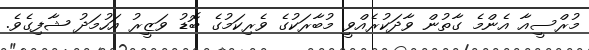
މުރްސީއާ އެންމެ ގާތުން ވާދަކުރެއްވީ މުބާރަކުގެ ވެރިކަމުގެ ބޮޑު ވަޒީރު އަހުމަދު ޝާފިގެވެ.